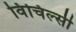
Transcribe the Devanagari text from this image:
विंचिल्सी